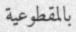
بالمقطوعية